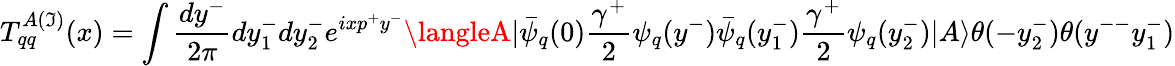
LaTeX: T_{qq}^{A(\mathfrak{I})}(x)=\int\frac{{dy^{-}}}{{2\pi}}dy_{1}^{-}dy_{2}^{-}e^{ixp^{+}y^{-}}\langleA|\bar{{\psi}}_{q}(0)\frac{{\gamma^{+}}}{{2}}\psi_{q}(y^{-})\bar{{\psi}}_{q}(y_{1}^{-})\frac{{\gamma^{+}}}{{2}}\psi_{q}(y_{2}^{-})|A\rangle\theta(-y_{2}^{-})\theta(y^{--}y_{1}^{-})